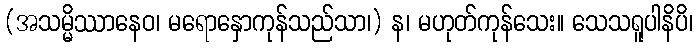
(အသမ္မိဿာနေဝ၊ မရောနှောကုန်သည်သာ၊) န၊ မဟုတ်ကုန်သေး။ သေသရူပါနိပိ၊